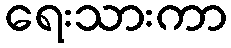
ရေးသားကာ